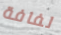
لفافة